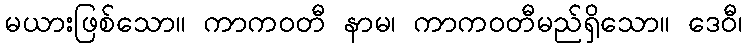
မယားဖြစ်သော။ ကာကဝတီ နာမ၊ ကာကဝတီမည်ရှိသော။ ဒေဝီ၊